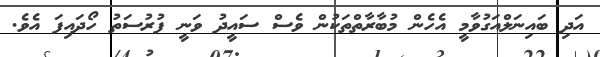
އަދި ބައިނަލްއަގުވާމީ އެހެން މުބާރާތްތަކުން ވެސް ސައީދު ވަނީ ފުރުސަތު ހޯދައިފަ އެވެ.